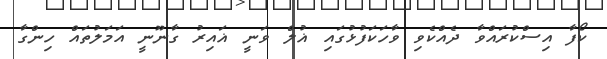
ކޯފާ އިސްކުރައްވާ ދެއްކެވި ވާހަކަފުޅުގައި ޣުލް ވަނީ ޣައިރު ގާނޫނީ އަމަލުތައް ހިންގާ